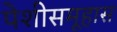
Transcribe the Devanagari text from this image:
पेशीसमूहास